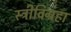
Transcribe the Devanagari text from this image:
स्त्रीविग्रहा